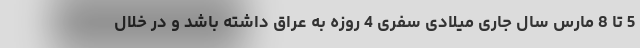
5 تا 8 مارس سال جاری میلادی سفری 4 روزه به عراق داشته باشد و در خلال